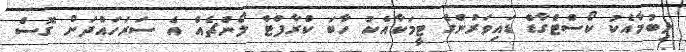
ލިބުމާއެކު ކޯސްޓްގާޑް ޑައިވަރުންގެ ޓީމަކާއެކު ހާބަ ކްރާފްޓް ލޯންޗެއް އެ ސަރަހައްދަށް ގޮސް